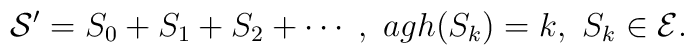
{\cal S}' = S_0 + S_1 + S_2 + \cdots \;,\ agh(S_k)=k,\ S_k\in {\cal E}.